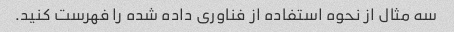
سه مثال از نحوه استفاده از فناوری داده شده را فهرست کنید.